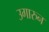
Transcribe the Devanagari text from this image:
उगारुन